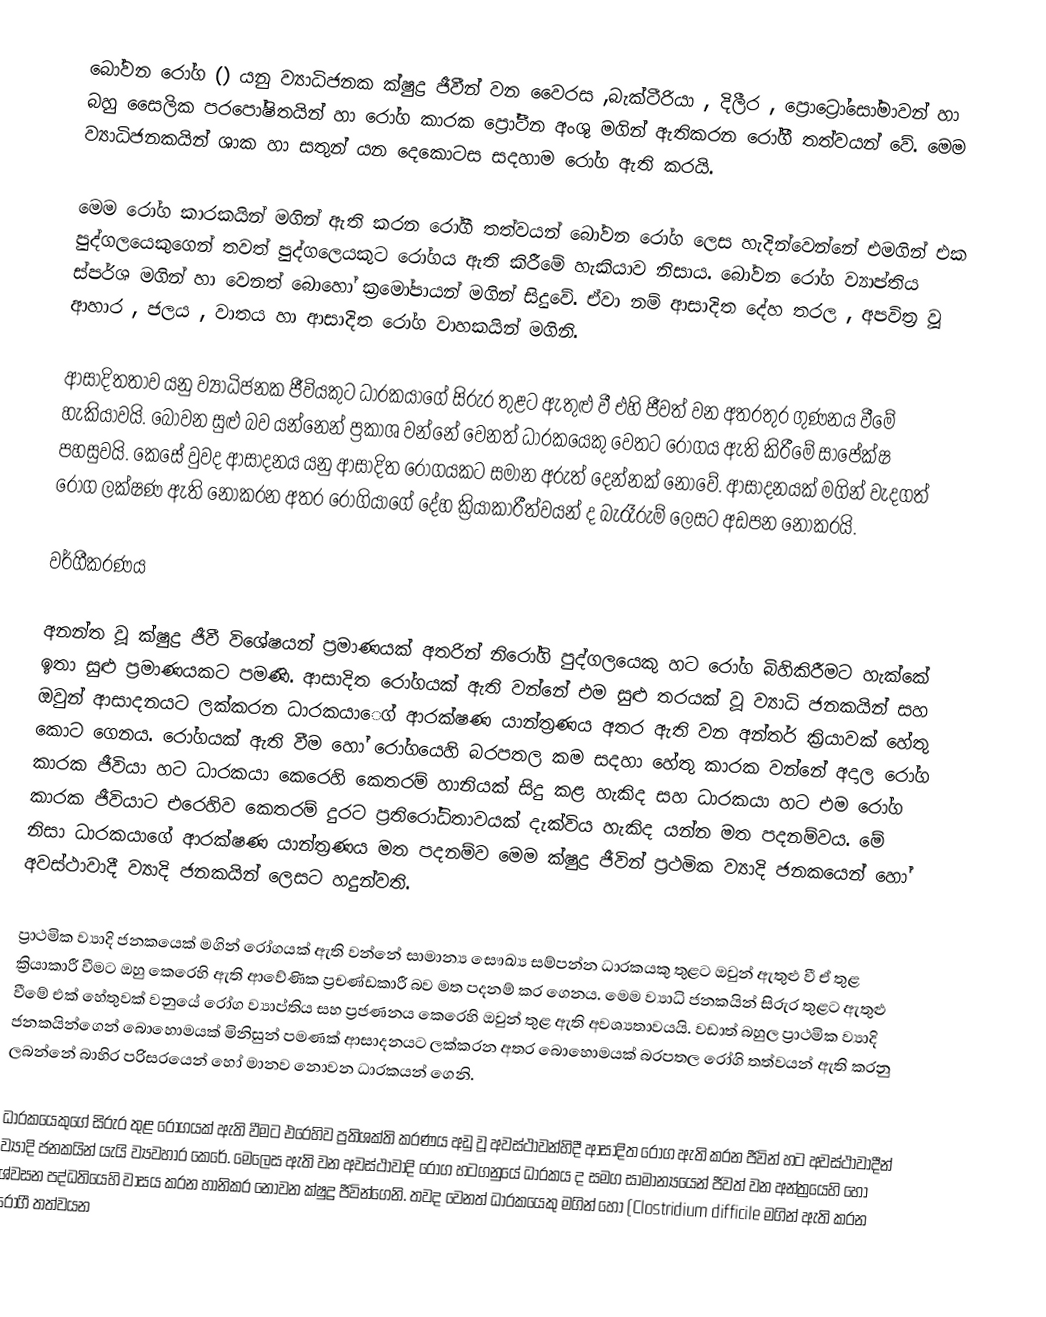
බෝවන රෝග () යනු ව්‍යාධිජනක ක්ෂුද්‍ර ජීවීන් වන වෛරස ,බැක්ටීරියා , දිලීර , ප්‍රොට්‍රෝසෝමාවන් හා බහු සෛලික පරපෝෂිතයින් හා රෝග කාරක ප්‍රෝටීන අංශු මගින් ඇතිකරන රෝගී තත්වයන් වේ. මෙම ව්‍යාධිජනකයින් ශාක හා සතුන් යන දෙකොටස සදහාම රෝග ඇති කරයි.

මෙම රෝග කාරකයින් මගින් ඇති කරන රෝගී තත්වයන් බෝවන රෝග ලෙස හැදින්වෙන්නේ එමගින් එක පුද්ගලයෙකුගෙන් තවත් පුද්ගල‍ෙයකුට රෝගය ඇති කිරීමේ හැකියාව නිසාය. බෝවන රෝග ව්‍යාප්තිය ස්පර්ශ මගින් හා වෙනත් බොහෝ ක්‍රමෝපායන් මගින් සිදුවේ. ඒවා නම් ආසාදිත දේහ තරල , අපවිත්‍ර වූ ආහාර , ජලය , වාතය හා ආසාදිත රෝග වාහකයින් මගිනි.

ආසාදිතතාව යනු ව්‍යාධිජනක ජීවියකුට ධාරකයාගේ සිරුර තුළට ඇතුළු වී එහි ජීවත් වන අතරතුර ගුණනය වීමේ හැකියාවයි. බෝවන සුළු බව යන්නෙන් ප්‍රකාශ වන්නේ වෙනත් ධාරකයෙකු වෙතට රෝගය ඇති කිරීමේ සාපේක්ෂ පහසුවයි. කෙසේ වුවද ආසාදනය යනු ආසාදිත රෝගයකට සමාන අරුත් දෙන්නක් නොවේ. ආසාදනයක් මගින් වැදගත් රෝග ලක්ෂණ ඇති නොකරන අතර රෝගියාගේ දේහ ක්‍රියාකාරීත්වයන් ද බැරෑරුම් ලෙසට අඩපන නොකරයි.

වර්ගීකරණය

අනන්ත වූ ක්ෂුද්‍ර ජීවී විශේෂයන් ප්‍රමාණයක් අතරින් නිරෝගි පුද්ගලයෙකු හට රෝග බිහිකිරීමට හැක්කේ ඉතා සුළු ප්‍රමාණයකට පමණි. ආසාදිත රෝගයක් ඇති වන්නේ එම සුළු තරයක් වූ ව්‍යාධි ජනකයින් සහ ඔවුන් ආසාදනයට ලක්කරන ධාරකයා‍ෙග් ආරක්ෂණ යාන්ත්‍රණය අතර ඇති වන අන්තර් ක්‍රියාවක් හේතු කොට ගෙනය. රෝගයක් ඇති වීම හෝ රෝගයෙහි බරපතල කම සදහා හේතු කාරක වන්නේ අදාල රෝග කාරක ජීවියා හට ධාරකයා  කෙරෙහි කෙතරම් හානියක් සිදු කළ හැකිද සහ ධාරකයා හට එම රෝග කාරක ජීවියාට එරෙහිව කෙතරම් දුරට ප්‍රතිරෝධිතාවයක් දැක්විය හැකිද යන්න මත පදනම්වය.  මේ නිසා ධාරකයාගේ ආරක්ෂණ යාන්ත්‍රණය මත පදනම්ව මෙම ක්ෂුද්‍ර ජීවින් ප්‍රථමික ව්‍යාදි ජනකයෙන් හෝ අවස්ථාවාදී ව්‍යාදි ජනකයින් ලෙසට හදුන්වති.

ප්‍රාථමික ව්‍යාදි ජනකයෙක් මගින් රෝගයක් ඇති වන්නේ සාමාන්‍ය සෞඛ්‍ය සම්පන්න ධාරකයකු තුළට ඔවුන් ඇතුළු වී ඒ තුළ ක්‍රියාකාරී වීමට ඔහු කෙරෙහි ඇති ආවේණික ප්‍රචණ්ඩකාරී බව මත පදනම් කර ගෙනය. මෙම ව්‍යාධි ජනකයින් සිරුර තුළට ඇතුළු වීමේ එක් හේතුවක් වනුයේ රෝග ව්‍යාප්තිය සහ ප්‍රජණනය කෙරෙහි ඔවුන් තුළ ඇති අවශ්‍යතාවයයි. වඩාත් බහුල ප්‍රාථමික ව්‍යාදි ජනකයින්ගෙන් බොහොමයක් මිනිසුන් පමණක් ආසාදනයට ලක්කරන අතර බොහොමයක් බරපතල රෝගි තත්වයන් ඇති කරනු ලබන්නේ බාහිර පරිසරයෙන් හෝ මානව නොවන ධාරකයන් ගෙනි.

ධාරකයෙකුගේ සිරුර තුළ රෝගයක් ඇති වීමට එරෙහිව ප්‍රතිශක්ති කරණය අඩු වූ අවස්ථාවන්හිදී ආසාදිත රෝග ඇති කරන ජීවින් හට අවස්ථාවාදීන් ව්‍යාදි ජනකයින් යැයි ව්‍යවහාර කෙරේ. මෙලෙස ඇති වන අවස්ථාවාදි රෝග හටගනුයේ ධාරකය ද සමග සාමාන්‍යයෙන් ජීවත් වන අන්ත්‍රයෙහි හෝ ශ්වසන පද්ධතියෙහි වාසය කරන හානිකර නොවන ක්ෂුද්‍ර ජීවින්ගෙනි. තවද වෙනත් ධාරකයෙකු මගින් හෝ (Clostridium difficile මගින් ඇති කරන රෝගී තත්වයන